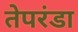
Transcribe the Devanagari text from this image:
तेपरंडा